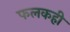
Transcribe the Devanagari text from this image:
फलकही